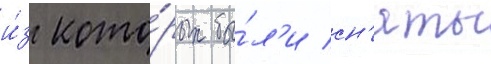
и́з кото́рых бы́л'и сн'яты